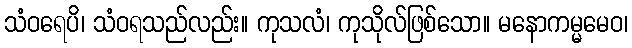
သံဝရေပိ၊ သံဝရသည်လည်း။ ကုသလံ၊ ကုသိုလ်ဖြစ်သော။ မနောကမ္မမေဝ၊